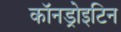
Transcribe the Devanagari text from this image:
कॉनड्रोइटिन